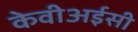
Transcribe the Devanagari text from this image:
केवीअईसी